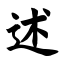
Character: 述